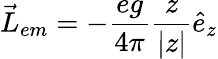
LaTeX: \vec{L}_{em}=-\frac{eg}{4\pi}\frac{z}{|z|}\hat{e}_{z}